Medical and sanitary report of the native army of Bengal for the year
Year: 1875
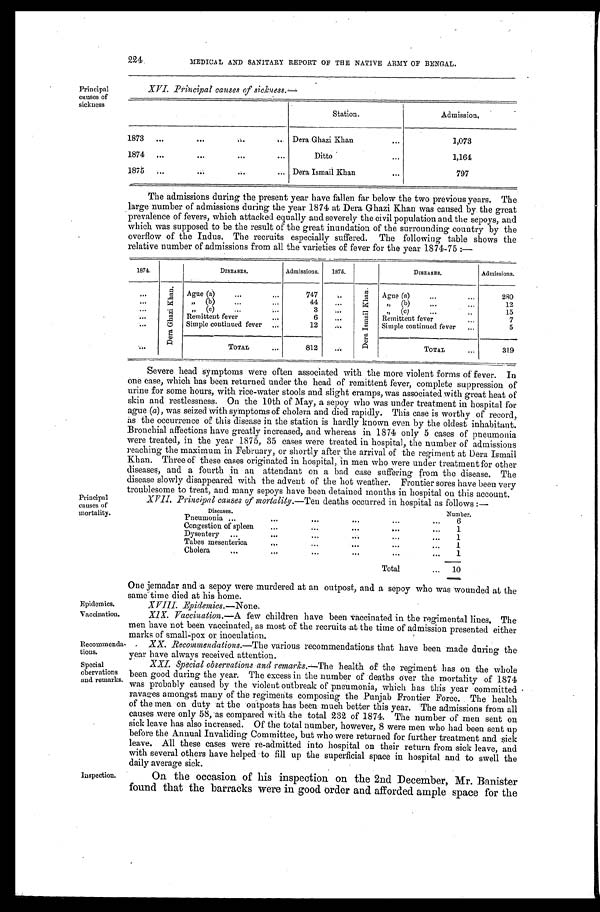
Epidemics.
Vaccination.
Recommenda
-
tions.
Special
obervations
and remarks.
224
MEDICAL AND SANITARY REPORT OF THE NATIVE ARMY OF BENGAL.
Principal
causes of
sickness
XVI. Principal causes of sickness.—
Station.
Admission.
1873
Dera Ghazi Khan
1,073
1874
Ditto
1,164
1875
Dera Ismail Khan
797
The admissions during the present year have fallen far below the two previous years. The
large number of admissions during the year 1874 at Dera Ghazi Khan was caused by the great
prevalence of fevers, which attacked equally and severely the civil population and the sepoys, and
which was supposed to be the result of the great inundation of the surrounding country by the
overflow of the Indus. The recruits especially suffered. The following table shows the
relative number of admissions from all the varieties of fever for the year 1874-75:—
1874.
DISEASES.
Admissions. 1875.
DISEASES.
Admissions.
D e r a G h a z i K h a n . Ague (a)
747
D e r a I s m a i l K h a n .
Ague (a)
2 8 0
„ ( b )
44
„ (b)
12
( c )
3
„ ( c )
15
Remittent fever
6
Remittent fever
7
Simple continued fever
12
Simple continued fever
5
TOTAL
812
TOTAL
319
Severe head symptoms were often associated with the more violent forms of fever. In
o n e c a s e , w h i c h h a s b e e n r e t u r n e d u n d e r t h e h e a d o f r e m i t t e n t f e v e r , c o m p l e t e s u p p r e s s i o n o f
urine for some hours, with rice-water stools and slight cramps, was associated with great heat of
skin and restlessness. On the 10th of May, a sepoy who was under treatment in hospital for
ague (a), was seized with symptoms of cholera and died rapidly. This case is worthy of record,
as the occurrence of this disease in the station is hardly known even by the oldest inhabitant.
Bronchial affections have greatly increased, and whereas in 1874 only 5 cases of pneumonia
were treated, in the year 1875, 35 cases were treated in hospital, the number of admissions
reaching the maximum in February, or shortly after the arrival of the regiment at Dera Ismail
Khan. Three of these cases originated in hospital, in men who were under treatment for other
diseases, and a fourth in an attendant on a bad case suffering from the disease. The
disease slowly disappeared with the advent of the hot weather. Frontier sores have been very
troublesome to treat, and many sepoys have been detained months in hospital on this account.
Principal
causes of
mortality.
Inspection.
XVII. Principal causes of mortality.—Ten deaths occurred in hospital as follows:—
Diseases.
Number.
Pneumonia
6
Congestion of spleen
1
Dysentery
1
Tabes mesenterica
1
Cholera
1
Total 10
One jemadar and a sepoy were murdered at an outpost, and a sepoy who was wounded at the
same time died at his home.
X V I I I . E p i d e m i c s . —
N o n e .
XIX. Vaccination.— A few children have been vaccinated in the regimental lines. The
men have not been vaccinated, as most of the recruits at the time of admission presented either
marks of small-pox or inoculation.
XX. Recommendations. —The various recommendations that have been made during the
year have always received attention.
XXI. Special observations and remarks.— The health of the regiment has on the whole
been good during the year. The excess in the number of deaths over the mortality of 1874
was probably caused by the violent outbreak of pneumonia, which has this year committed
ravages amongst many of the regiments composing Punjab Frontier Force. The health
of the men on duty at the outposts has been much better this year. The admissions from all
causes were only 58, as compared with the total 232 of 1874. The number of men sent on
sick leave has also increased. Of the total number, however, 8 were men who had been sent up
before the Annual Invaliding Committee, but who were returned for further treatment and sick
leave. All these cases were re-admitted into hospital on their return from sick leave, and
with several others have helped to fill up the superficial space in hospital and to swell the
daily average sick.
On the occasion of his inspection on the 2nd December, Mr. Banister
found that the barracks were in good order and afforded ample space for the